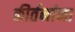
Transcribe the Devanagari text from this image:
कीर्तनांना